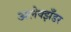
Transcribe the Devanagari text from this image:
अलेक्झँडर